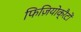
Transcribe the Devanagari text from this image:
फिज़ियोक्रैटों